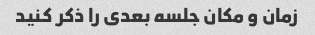
زمان و مکان جلسه بعدی را ذکر کنید